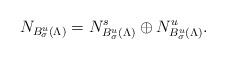
LaTeX: \begin{align*} N_{B^u_\sigma (\Lambda)} = N^{s}_{B^u_\sigma (\Lambda)} \oplus N^{u}_{B^u_\sigma (\Lambda)}. \end{align*}